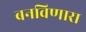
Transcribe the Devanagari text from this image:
बनविणारा